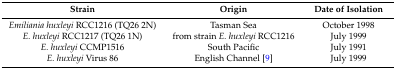
| Strain | Origin | Date of Isolation |
 | --- | --- | --- |
 | Emiliania huxleyi RCC1216 (TQ26 2N) | Tasman Sea | October 1998 |
 | E. huxleyi RCC1217 (TQ26 1N) | from strain E. huxleyi RCC1216 | July 1999 |
 | E. huxleyi CCMP1516 | South Pacific | July 1991 |
 | E. huxleyi Virus 86 | English Channel [9] | July 1999 |